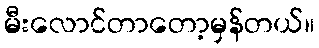
မီးလောင်တာတော့မှန်တယ်။